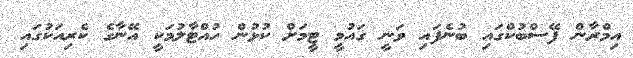
އިމްރާން ފޭސްބުކްގައި ބުނެފައި ވަނީ ގައުމީ ޓީމަށް ކުޅުން ހުއްޓާލުމަކީ އޭނާގެ ކެރިއަކުގައި